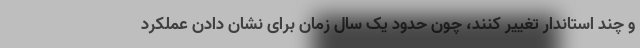
و چند استاندار تغییر کنند، چون حدود یک سال زمان برای نشان دادن عملکرد